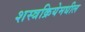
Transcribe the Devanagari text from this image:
शस्त्रक्रियेमधील